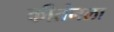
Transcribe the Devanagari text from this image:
कीर्तनला